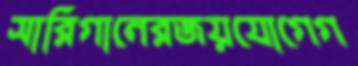
সারিগানেরজয়যোগেগ